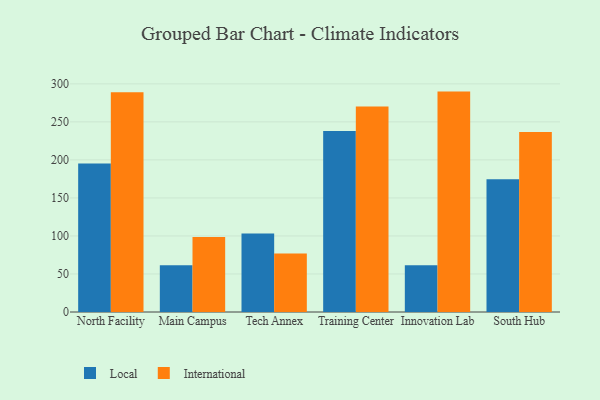
{"axis": {"x": "Campus", "y": "Active Users"}, "legend": ["International", "Local"], "data": [{"x": "North Facility", "y": 195.1, "type": "Local"}, {"x": "North Facility", "y": 289.0, "type": "International"}, {"x": "Main Campus", "y": 61.6, "type": "Local"}, {"x": "Main Campus", "y": 98.6, "type": "International"}, {"x": "Tech Annex", "y": 103.2, "type": "Local"}, {"x": "Tech Annex", "y": 76.8, "type": "International"}, {"x": "Training Center", "y": 237.9, "type": "Local"}, {"x": "Training Center", "y": 270.3, "type": "International"}, {"x": "Innovation Lab", "y": 61.5, "type": "Local"}, {"x": "Innovation Lab", "y": 289.8, "type": "International"}, {"x": "South Hub", "y": 174.7, "type": "Local"}, {"x": "South Hub", "y": 236.8, "type": "International"}]}